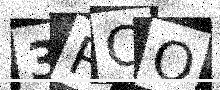
Text: 3RCO